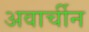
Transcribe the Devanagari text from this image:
अवार्चीन